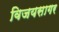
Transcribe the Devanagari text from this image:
विजयसागर